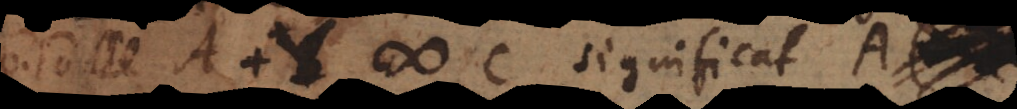
10) A + Y # C significat A